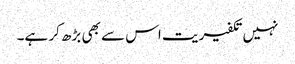
نہیں تکفیریت اس سے بھی بڑھ کر ہے۔